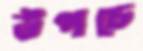
উপচে